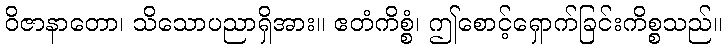
ဝိဇာနာတော၊ သိသောပညာရှိအား။ ဧတံကိစ္စံ၊ ဤစောင့်ရှောက်ခြင်းကိစ္စသည်။